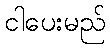
ငါပေးမည်